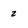
Character: z